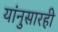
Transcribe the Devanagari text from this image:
यांनुसारही